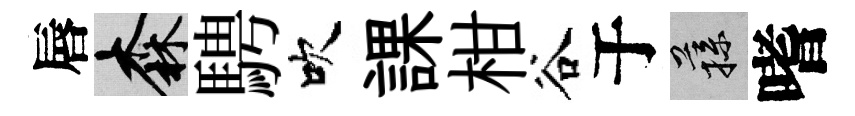
唇森騁吹課柑谷于蓀嗜